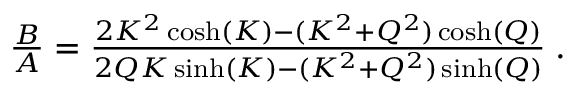
\begin{array} { r } { \frac { B } { A } = \frac { 2 K ^ { 2 } \cosh ( K ) - ( K ^ { 2 } + Q ^ { 2 } ) \cosh ( Q ) } { 2 Q K \sinh ( K ) - ( K ^ { 2 } + Q ^ { 2 } ) \sinh ( Q ) } \; . } \end{array}